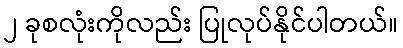
၂ ခုစလုံးကိုလည်း ပြုလုပ်နိုင်ပါတယ်။